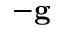
- \mathbf { g }